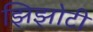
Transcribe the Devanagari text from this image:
झिझोटी